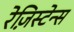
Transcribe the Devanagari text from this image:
रेज़िस्टेन्स